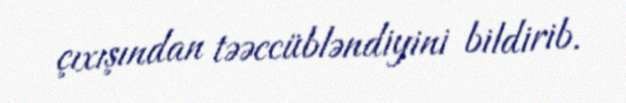
çıxışından təəccübləndiyini bildirib.